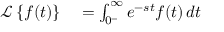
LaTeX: \begin{array} { r l } { { \mathcal { L } } \left\{ f ( t ) \right\} } & { { } = \int _ { 0 ^ { - } } ^ { \infty } e ^ { - s t } f ( t ) \, d t } \end{array}